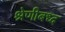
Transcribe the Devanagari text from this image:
श्रेणीबध्द